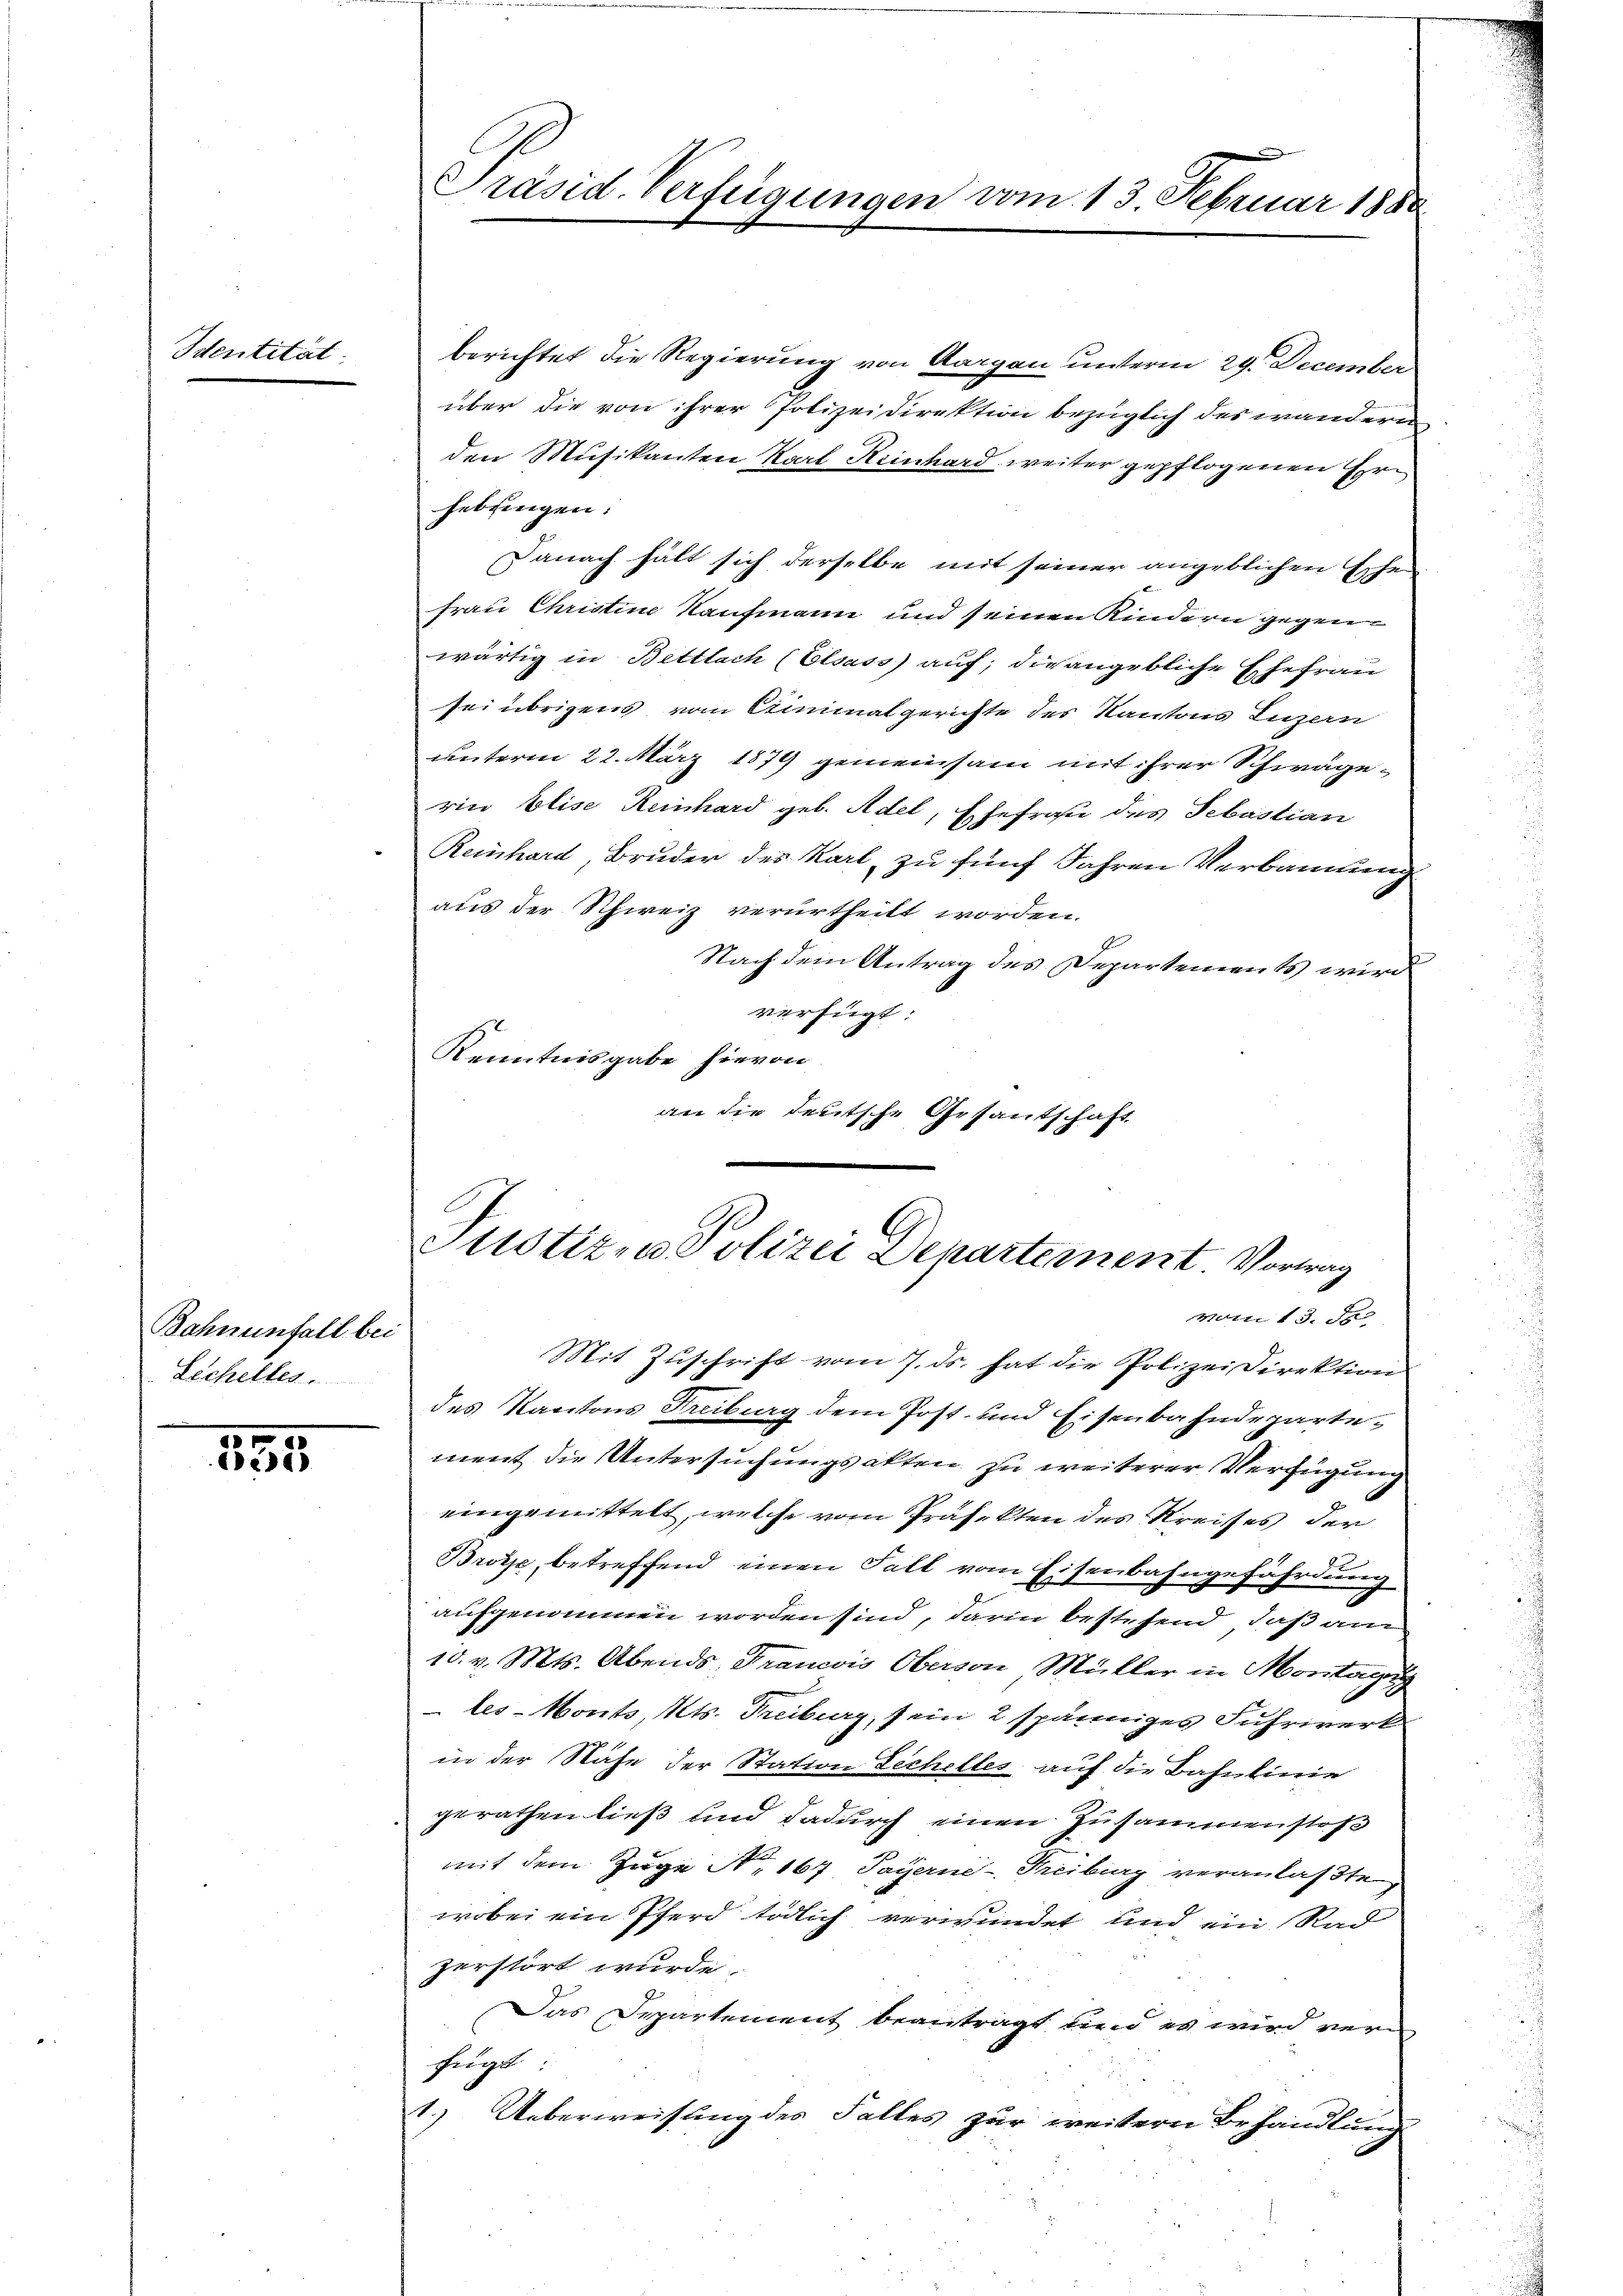
Identität

335

Bahnenfall bei
Sicheltes

berichtet die Regierung von Aargau unterm 29. December
über die von ihrer Polizeidirektion bezüglich des wandern
den Musikanten Karl Keinhard weiter gepflogenen Erhebfingen.
Danach hält sich derselbe mit seiner angeblichen Ehe
Frau Christine Kaufmann und seinen Kindern gegen
wärtig in Bettlach (Elsass auf; die angebliche Ehefrau
sei übrigens vom Stiminalgerichte des Kantons Luzern
unterm 22. März 1879 gemeinsam mit ihrer Schwägevier Elise Reinhard geb. Adel, Ehefrau des Sebastian
Reinhard, Bruder des Karl, zu fünf Jahren Verbannung
aus der Schweiz verurtheilt worden.
Nach dem Antrag des Departements wird
verfügt:
Kenntnisgabe hievon
an die deutsche Gesantschaft

Präsid. Verfügungen vom 13. Februar 1888

Justiz- u Polizei Departement Vortrag
vom 13. de
Mit Zuschrift vom 7. ds. hat die Polizei Direktion

des Kantons Freiburg dem Post- und Eisenbahndepartement die Untersuchungsakten zu weiterer Verfügung
eingemittelt, welche vom Präfekten des Kreises der
Brötje, betreffend einen Fall vom Eisenbahngefährdung
aufgenommen worden sind, darin bestehend, daß am
10. v. Mts. Abends, Francois Oberson Müller in Montag
tes-Monts, Kts. Treiburg, sein 2 spänniges Fuhrwerk
in der Nähe der Station Zechelles, auf die Bahnlinie
gerathen ließ und dadurch einen Zusammenstoß
mit dem Zuge N. 167 Sayerne-Freibung veranlaßte,
wobei ein Pferd tödlich verwundet und ein Rud
zerstört wurde.
Das Departement beantragt, und es wird ver
fügt
1.) Ueberweisung des Falles zur weitern Behandlung